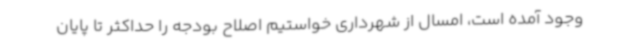
وجود آمده است، امسال از شهرداری خواستیم اصلاح بودجه را حداکثر تا پایان